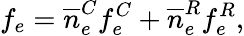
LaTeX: f_{e}=\overline{n}_{e}^{C}f_{e}^{C}+\overline{n}_{e}^{R}f_{e}^{R},